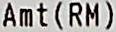
AMT(RM)